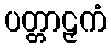
ပတ္တာဠှကံ